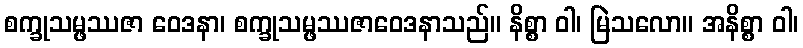
စက္ခုသမ္ဖဿဇာ ဝေဒနာ၊ စက္ခုသမ္ဖဿဇာဝေဒနာသည်။ နိစ္စာ ဝါ၊ မြဲသလော။ အနိစ္စာ ဝါ၊